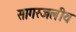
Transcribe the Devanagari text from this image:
सागरजलीय